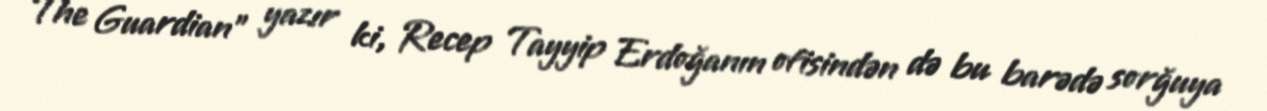
The Guardian" yazır ki, Recep Tayyip Erdoğanın ofisindən də bu barədə sorğuya